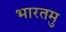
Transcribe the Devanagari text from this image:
भारतमु